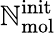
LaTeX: \mathbb{N}_{\mathrm{{mol}}}^{\mathrm{{init}}}